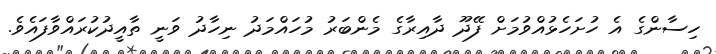
ހިސާންގެ އެ ހުށަހެޅުއްވުމަށް ފޭދޫ ދާއިރާގެ މެންބަރު މުހައްމަދު ނިހާދު ވަނީ ތާއީދުކުރައްވާފައެވެ.